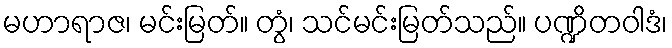
မဟာရာဇ၊ မင်းမြတ်။ တွံ၊ သင်မင်းမြတ်သည်။ ပဏ္ဍိတဝါဒံ၊